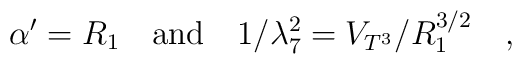
\alpha^{\prime}=R_1\quad{\rm and}\quad 1/\lambda_7^2 = V_{T^3}/R_1^{3/2}\quad,